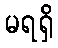
မရရှိ